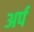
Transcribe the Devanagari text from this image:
अर्प